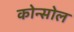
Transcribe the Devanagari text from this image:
कोन्सोल